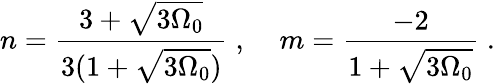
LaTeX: n=\frac{3+\sqrt{3\Omega_{0}}}{3(1+\sqrt{3\Omega_{0}})}\; ,\; \; \; \; m=\frac{-2}{1+\sqrt{3\Omega_{0}}}\; .